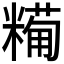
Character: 𥼓